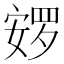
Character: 𰍚